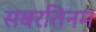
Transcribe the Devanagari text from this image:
सबरतिनम